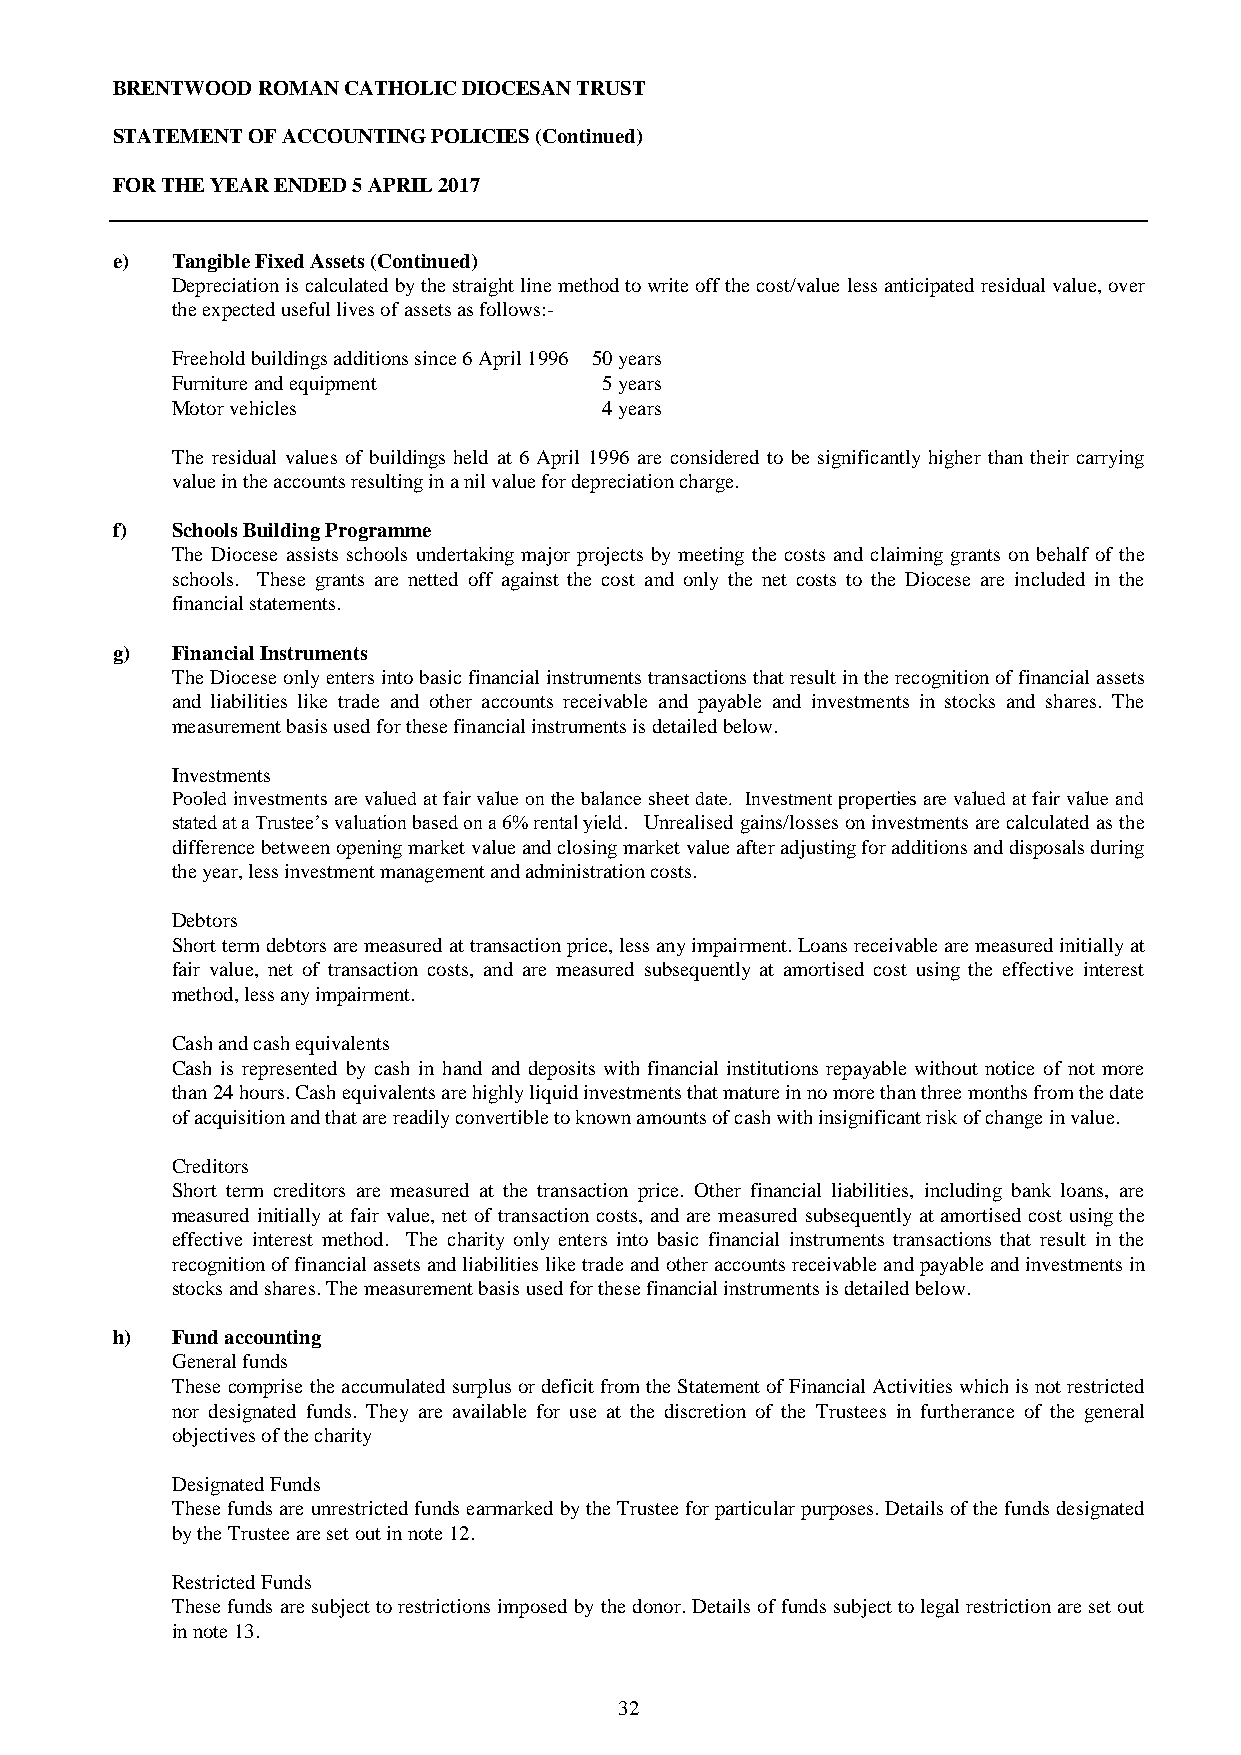
BRENTWOOD ROMAN CATHOLIC DIOCESAN TRUST
 STATEMENT OF ACCOUNTING POLICIES (Continued)
 FOR THE YEAR ENDED 5 APRIL 2017
 e)  Tangible Fixed Assets (Continued)
 Depreciation is calculated by the straight line method to write off the cost/value less anticipated residual value, over
 the expected useful lives of assets as follows:-
 Freehold buildings additions since 6 April 1996 50 years
 Furniture and equipment      5 years
 Motor vehicles               4 years
 The residual values of buildings held at 6 April 1996 are considered to be significantly higher than their carrying
 value in the accounts resulting in a nil value for depreciation charge.
 f)  Schools Building Programme
 The Diocese assists schools undertaking major projects by meeting the costs and claiming grants on behalf of the
 schools. These grants are netted off against the cost and only the net costs to the Diocese are included in the
 financial statements.
 g)  Financial Instruments
 The Diocese only enters into basic financial instruments transactions that result in the recognition of financial assets
 and liabilities like trade and other accounts receivable and payable and investments in stocks and shares. The
 measurement basis used for these financial instruments is detailed below.
 Investments
 Pooled investments are valued at fair value on the balance sheet date. Investment properties are valued at fair value and
 stated at a Trustee’s valuation based on a 6% rental yield. Unrealised gains/losses on investments are calculated as the
 difference between opening market value and closing market value after adjusting for additions and disposals during
 the year, less investment management and administration costs.
 Debtors
 Short term debtors are measured at transaction price, less any impairment. Loans receivable are measured initially at
 fair value, net of transaction costs, and are measured subsequently at amortised cost using the effective interest
 method, less any impairment.
 Cash and cash equivalents
 Cash is represented by cash in hand and deposits with financial institutions repayable without notice of not more
 than 24 hours. Cash equivalents are highly liquid investments that mature in no more than three months from the date
 of acquisition and that are readily convertible to known amounts of cash with insignificant risk of change in value.
 Creditors
 Short term creditors are measured at the transaction price. Other financial liabilities, including bank loans, are
 measured initially at fair value, net of transaction costs, and are measured subsequently at amortised cost using the
 effective interest method. The charity only enters into basic financial instruments transactions that result in the
 recognition of financial assets and liabilities like trade and other accounts receivable and payable and investments in
 stocks and shares. The measurement basis used for these financial instruments is detailed below.
 h)  Fund accounting
 General funds
 These comprise the accumulated surplus or deficit from the Statement of Financial Activities which is not restricted
 nor designated funds. They are available for use at the discretion of the Trustees in furtherance of the general
 objectives of the charity
 Designated Funds
 These funds are unrestricted funds earmarked by the Trustee for particular purposes. Details of the funds designated
 by the Trustee are set out in note 12.
 Restricted Funds
 These funds are subject to restrictions imposed by the donor. Details of funds subject to legal restriction are set out
 in note 13.
 32